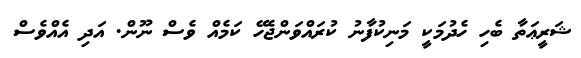
ޝަރީޢަތާ ބެހި ހެދުމަކީ މަނިކުފާނު ކުރައްވަންޖެހޭ ކަމެއް ވެސް ނޫން. އަދި އެއްވެސް